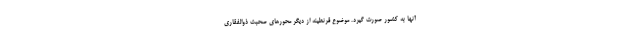
آنها به کشور صورت گیرد. موضوع قرنطینه از دیگر محورهای صحبت ذوالفقاری